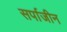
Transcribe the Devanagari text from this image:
सर्पाजीन